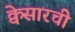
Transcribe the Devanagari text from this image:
क्वेसारची